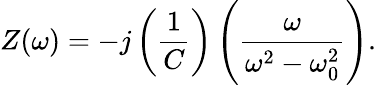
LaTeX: Z(\omega)=-j\left({\frac{1}{C}}\right)\left({\frac{\omega}{\omega^{2}-\omega_{0}^{2}}}\right).